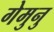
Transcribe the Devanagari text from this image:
गेमुनु